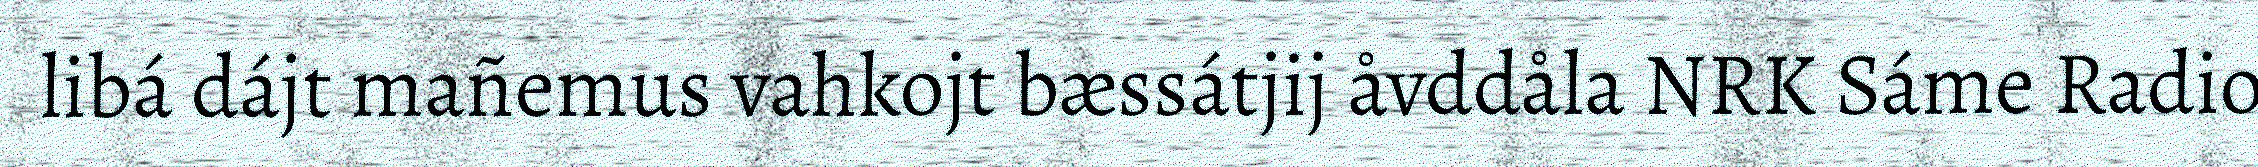
libá dájt mañemus vahkojt bæssátjij åvddåla NRK Sáme Radio